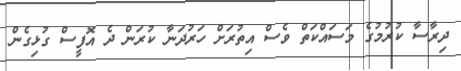
ދިރާސާ ކުރުމުގެ މަސައްކަތް ވެސް އިތުރަށް ހަރުދަނާ ކުރަން ދެ އޮފީސް ގުޅިގެން